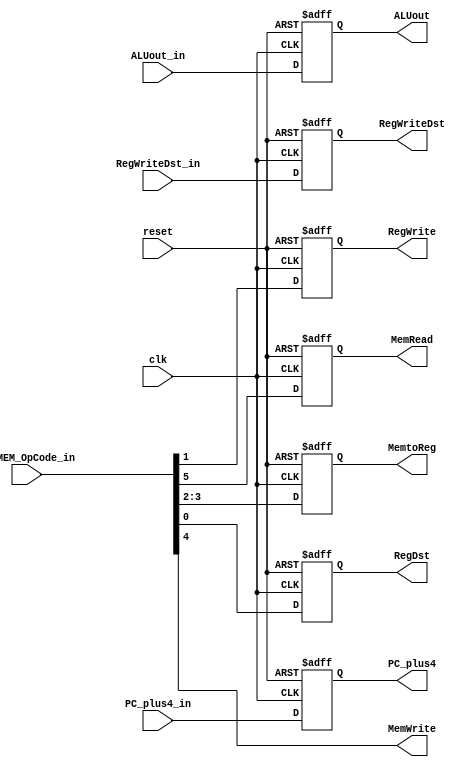
module EX_MEM(
    input reset,
    input clk,
    input [5:0] EX_MEM_OpCode_in,
    input [31:0] PC_plus4_in,
    input [31:0] ALUout_in,
    input [4:0] RegWriteDst_in,
    output reg RegWrite,
    output reg [31:0] PC_plus4,
    output reg MemRead,
    output MemWrite,
    output reg [1:0] MemtoReg,
    output reg RegDst,
    output reg [31:0] ALUout,
    output reg [4:0] RegWriteDst
);
    assign MemWrite = EX_MEM_OpCode_in[4];
    
    always @(posedge reset or posedge clk) begin

        if (reset) begin
            RegWrite <= 1'b0;
            RegDst <= 1'b0;
            ALUout <= 32'h00000000;
            RegWriteDst <= 5'b00000;
            MemtoReg <= 2'b00;
            MemRead <= 1'b0;
            PC_plus4 <= 32'h00000000;
        end
        else begin
            RegWrite <= EX_MEM_OpCode_in[1];
            RegDst <= EX_MEM_OpCode_in[0];
            ALUout <= ALUout_in;
            RegWriteDst <= RegWriteDst_in;
            MemtoReg <= EX_MEM_OpCode_in[3:2];
            MemRead <= EX_MEM_OpCode_in[5];
            PC_plus4 <= PC_plus4_in;
        end
    end

endmodule